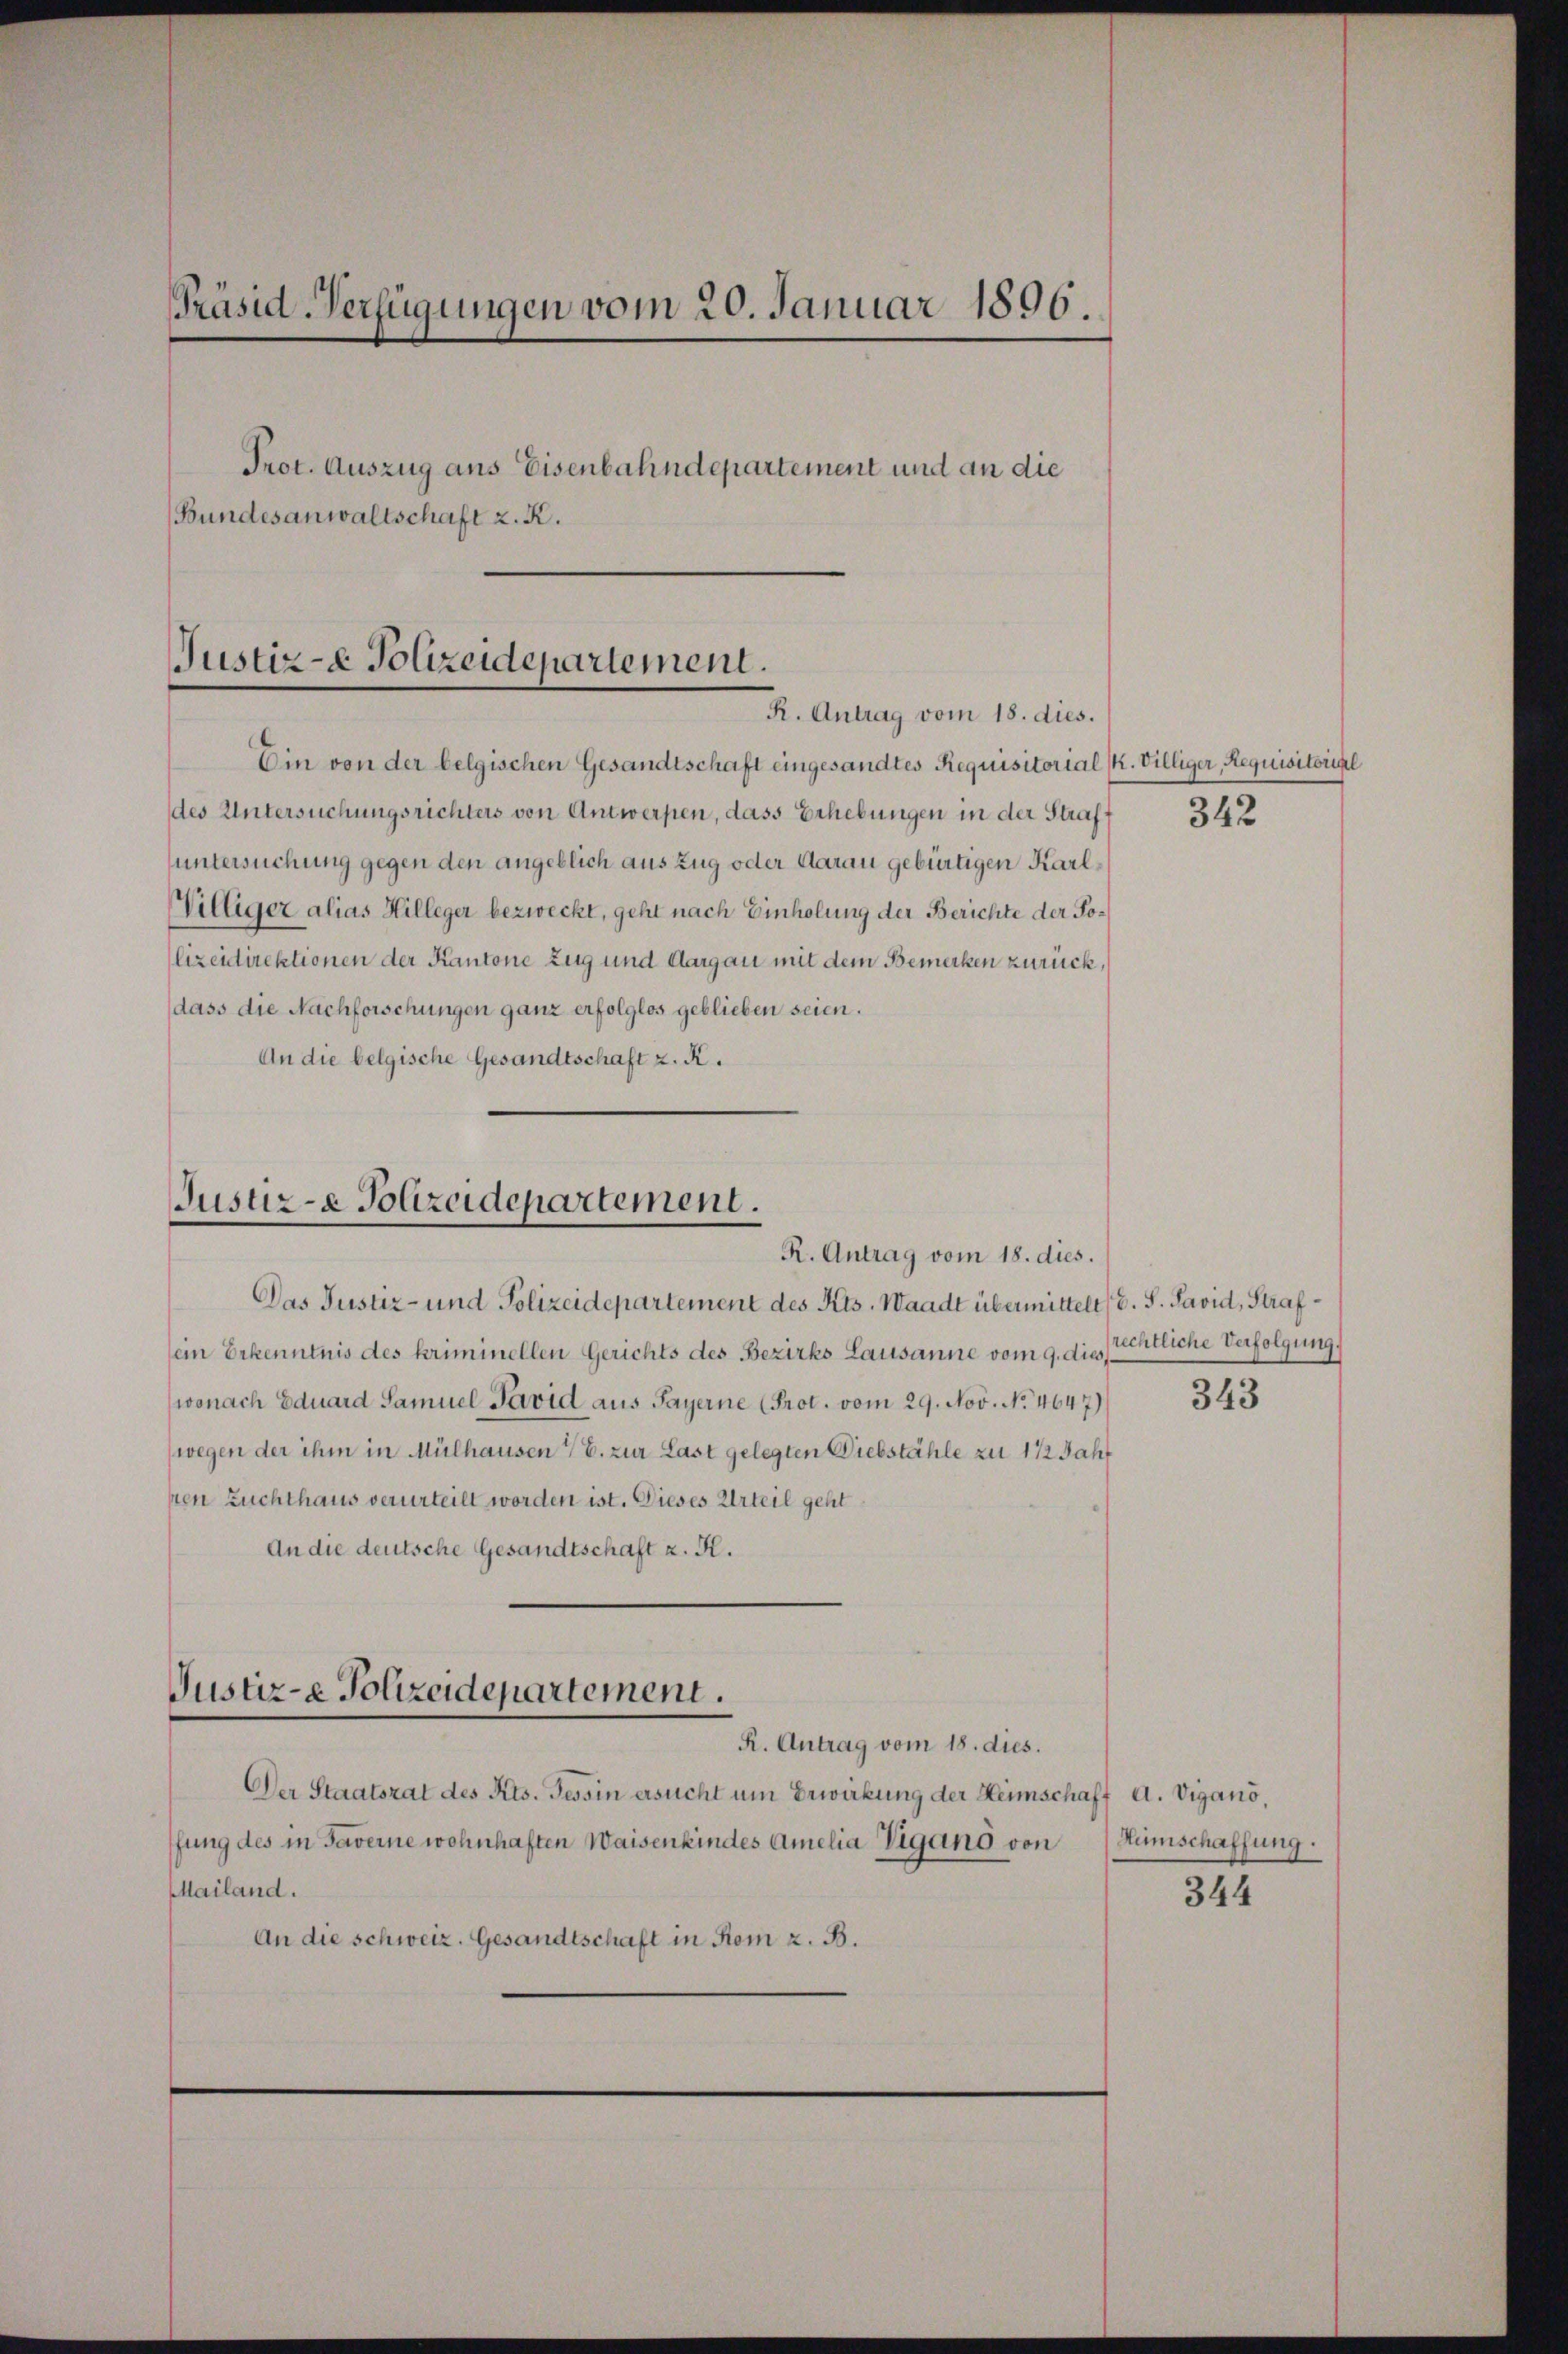
Präsid-Verfügungen vom 20. Januar 1896.
Prot. Auszug aus Eisenbahndepartement und an die
Bundesanwaltschaft z. K.

Justiz-e Polizeidepartement.
R. Antrag vom 18. dies.

Ein von der belgischen Gesandtschaft eingesandtes Requisitorial (K. Villiger, Requisitorial
des Untersuchungsrichters von Antwerpen, dass Erhebungen in der Straff
untersuchung gegen den angeblich aus Zug oder Aarau gebürtigen Karl¬
Viltiger alias Hilleger bezweckt, geht nach Einholung der Berichte der So¬
Clizeidirektionen der Kantone Zug und Aargau mit dem Bemerken zurück,
dass die Nachforschungen ganz erfolglos geblieben seien.
An die belgische Gesandtschaft z. R.

Justiz- & Polizeidepartement.
R. Antrag vom 18. dies.

Das Justiz- und Polizeidepartement des Kts. Waadt übermittelt. S. Pavid, Strafein Erkenntnis des kriminellen Gerichts des Bezirks Lausanne vom 9. dies entliche Verfolgung,
wonach Eduard Samuel Pavid aus Payerne (Prot. vom 29. Nov. No. 4647)
wegen der ihm in Mülhausen E. zur Last gelegten Diebstähle zu 1 1/2 Jahr
sten Zuchthaus verurteilt worden ist. Dieses Urteil geht
An die deutsche Gesandtschaft u. H.

Justiz-e Polizeidepartement.

R. Antrag vom 18. dies.
Der Staatsrat des Kts. Tessin ersucht um Erwirkung der Heimschaft d. Vigano,
fung des in Taverne wohnhaften Waisenkindes Amelia Vigano von Humschaffung.
Mailand.
An die schweiz. Gesandtschaft in Rom z. B.

342

343

344